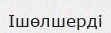
Ішөлшерді